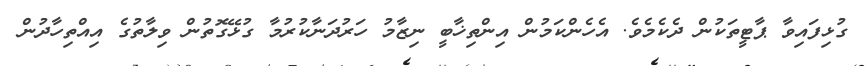
ގުޅިފައިވާ ޕާޓީތަކުން ދެކެމެވެ. އެހެންކަމުން އިންތިޚާބީ ނިޒާމު ހަރުދަނާކުރުމާ ގުޅޭގޮތުން ވިލާތުގެ އިއްތިހާދުން